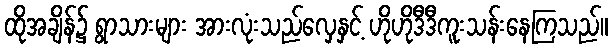
ထိုအချိန်၌ ရွာသားများ အားလုံးသည်လှေနှင့် ဟိုဟိုဒီဒီကူးသန်းနေကြသည်။